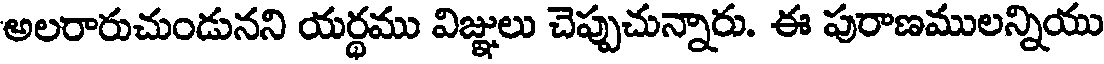
అలరారుచుండునని యర్థము విజ్ఞులు చెప్పుచున్నారు. ఈ పురాణములన్నియు